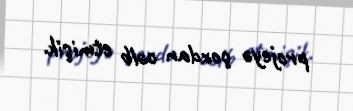
projeyə çoxdan cəlb etmişik.